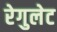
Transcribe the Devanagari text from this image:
रेगुलेट